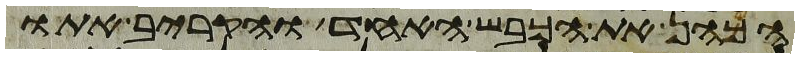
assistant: הכהן את הכבש האחד והקריב אתו